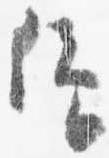
仰